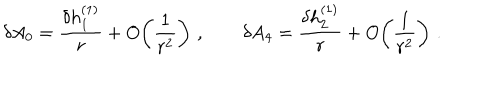
\delta A _ { 0 } = { \frac { \delta h _ { 1 } ^ { ( 1 ) } } { r } } + O \! \left( { \frac { 1 } { r ^ { 2 } } } \right) \, , \qquad \delta A _ { 4 } = { \frac { \delta h _ { 2 } ^ { ( 1 ) } } { r } } + O \! \left( { \frac { 1 } { r ^ { 2 } } } \right) \, .